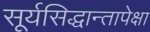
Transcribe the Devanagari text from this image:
सूर्यसिद्धान्तापेक्षा